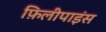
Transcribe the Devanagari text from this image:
फ़िलीपाइंस